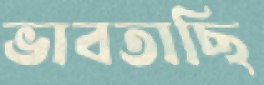
ভাবতাছি